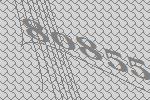
80855